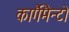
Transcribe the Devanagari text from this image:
कार्गैमैन्टो